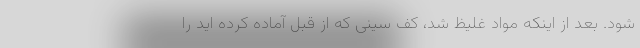
شود. بعد از اینکه مواد غلیظ شد، کف سینی که از قبل آماده کرده اید را